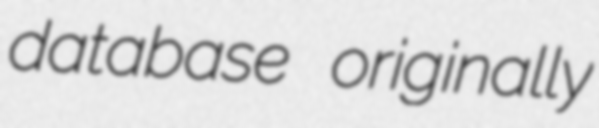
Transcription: database originally